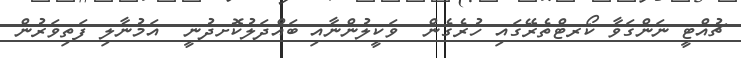
ޗުއްޓީ ނަންގަވާ ކޯރޓްތެރޭގައި ހުރެގެން  ވަކީލުންނާއި ބައްދަލުކޮށދުނީ  އަމުނާލި ފަތިވަރުން